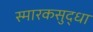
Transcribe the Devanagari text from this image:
स्मारकसुद्धा